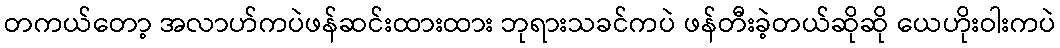
တကယ်တော့ အလာဟ်ကပဲဖန်ဆင်းထားထား ဘုရားသခင်ကပဲ ဖန်တီးခဲ့တယ်ဆိုဆို ယေဟိုးဝါးကပဲ